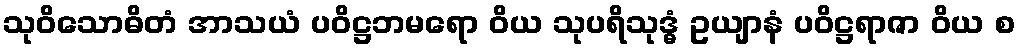
သုဝိသောဓိတံ အာသယံ ပဝိဋ္ဌဘမရော ဝိယ သုပရိသုဒ္ဓံ ဥယျာနံ ပဝိဋ္ဌရာဇာ ဝိယ စ